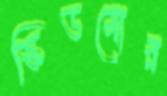
স্কিডমোর